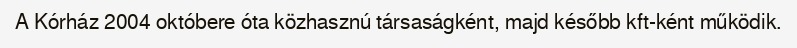
A Kórház 2004 októbere óta közhasznú társaságként, majd később kft-ként működik.